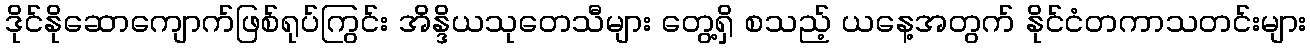
ဒိုင်နိုဆောကျောက်ဖြစ်ရုပ်ကြွင်း အိန္ဒိယသုတေသီများ တွေ့ရှိ စသည့် ယနေ့အတွက် နိုင်ငံတကာသတင်းများ